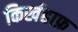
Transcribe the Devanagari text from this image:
किर्खहाफ्र